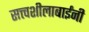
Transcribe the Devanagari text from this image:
सत्त्वशीलाबाईंनी